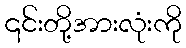
၎င်းတို့အားလုံးကို